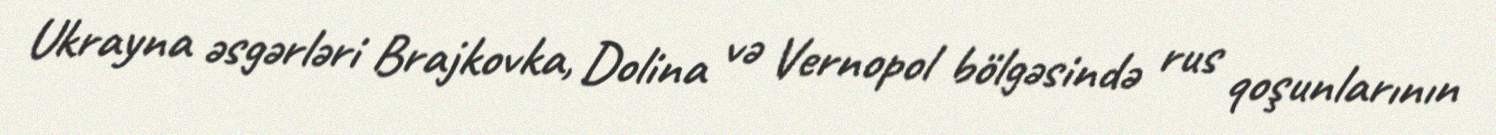
Ukrayna əsgərləri Brajkovka, Dolina və Vernopol bölgəsində rus qoşunlarının